Civil Veterinary Department Bengal reports 1933-51 - 1933-1951
Year: 1933
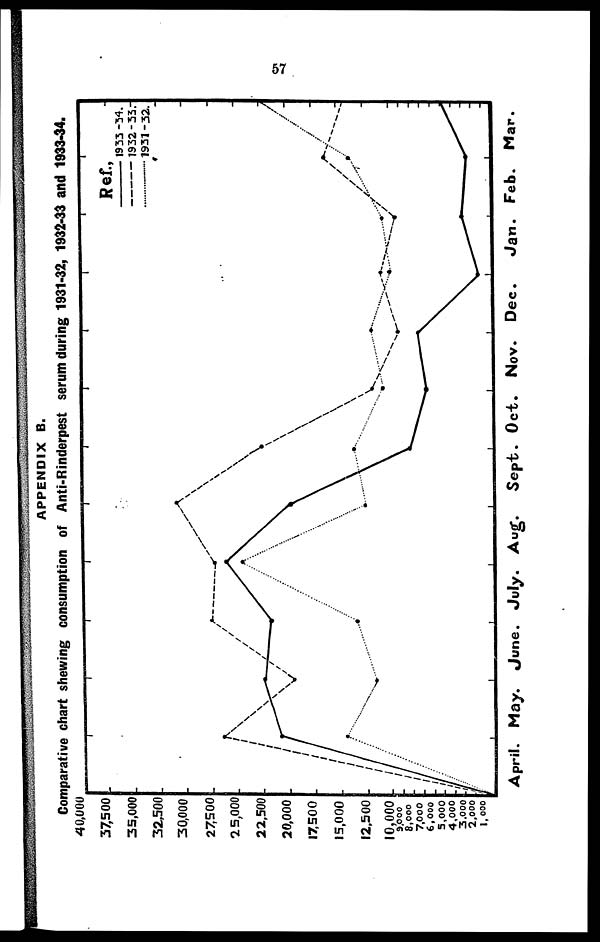
57
APPENDIX B.
Comparative chart shewing consumption of Anti-Rinderpest serum during 1931-32, 1932-33 and 1933-34.